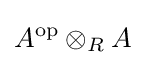
A^{\mathrm {op} }\otimes _{R}A